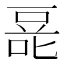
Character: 𰇿